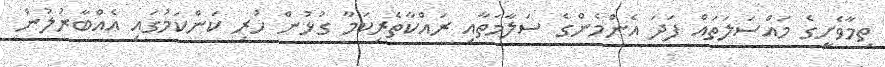
ތިމާވެށީގެ މައްސަލަތައް ފަދަ އެންމެންގެ ސަލާމަތާއި ރައްކާތެރިކަމާ ގުޅުން ހުރި ކަންކަމުގައި އެއްބާރުލުން